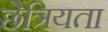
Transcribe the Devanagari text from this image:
छेत्रियता